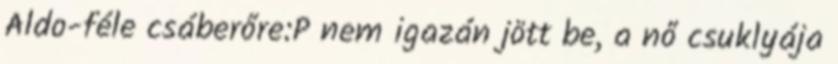
Aldo-féle csáberőre:P nem igazán jött be, a nő csuklyája